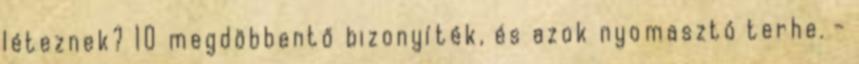
léteznek? 10 megdöbbentő bizonyíték, és azok nyomasztó terhe. -